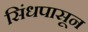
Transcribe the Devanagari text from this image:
सिंधपासून